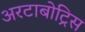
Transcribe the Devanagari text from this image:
अरटाबोट्रिस